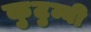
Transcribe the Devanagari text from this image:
कुटुम्बी